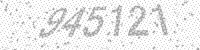
Solution: 945121